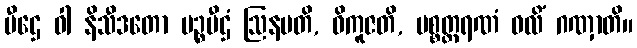
ပီဌေ ဝါ နိသီဒတော မဉ္စပီဌံ ဩနမတိ, ဝိကူဇတိ, ပစ္စတ္ထရဏံ ဝလိံ ဂဏှာတိ။